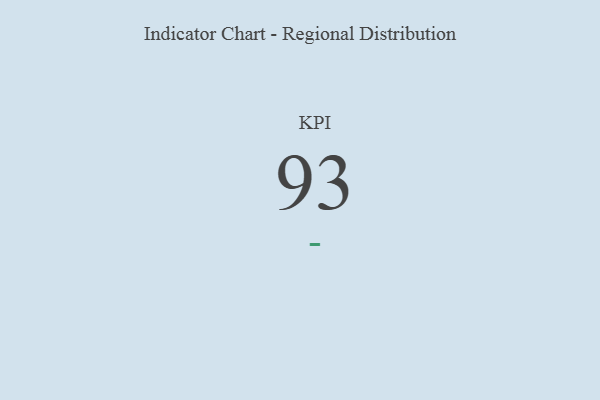
{"axis": {"x": "KPI", "y": "Value"}, "legend": [""], "data": [{"x": "KPI", "y": 93, "type": ""}]}